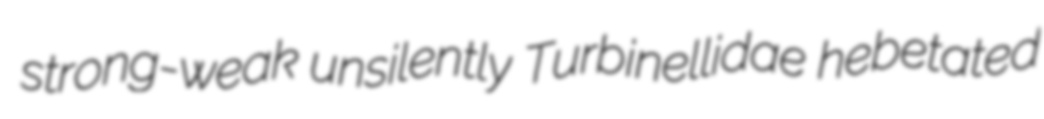
strong-weak unsilently Turbinellidae hebetated